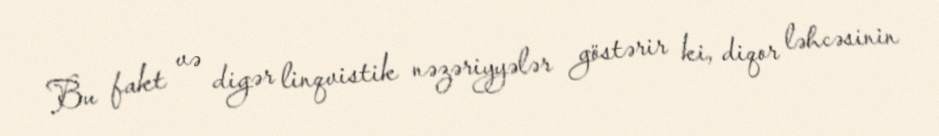
Bu fakt və digər linqvistik nəzəriyyələr göstərir ki, diqor ləhcəsinin